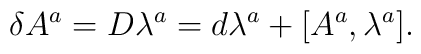
\delta A^{a}=D\lambda^{a}=d\lambda^{a}+[A^{a},\lambda^{a}].